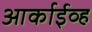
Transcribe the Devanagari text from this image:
आर्काईव्ह